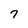
Character: 7